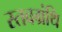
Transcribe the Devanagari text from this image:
स्तवग्रंथि